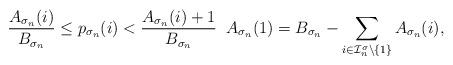
LaTeX: \begin{align*}\frac{A_{\sigma_n}(i)}{B_{\sigma_n}}\leq p_{\sigma_n}(i) < \frac{A_{\sigma_n}(i)+1}{B_{\sigma_n}} \;\; A_{\sigma_n}(1) = B_{\sigma_n} - \sum_{i\in\mathcal{I}_n^{\sigma}\setminus\{1\}}A_{\sigma_n}(i),\end{align*}